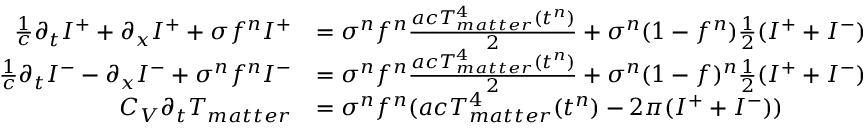
\begin{array} { r l } { \frac { 1 } { c } \partial _ { t } I ^ { + } + \partial _ { x } I ^ { + } + \sigma f ^ { n } I ^ { + } } & { = \sigma ^ { n } f ^ { n } \frac { a c T _ { m a t t e r } ^ { 4 } ( t ^ { n } ) } { 2 } + \sigma ^ { n } ( 1 - f ^ { n } ) \frac { 1 } { 2 } ( I ^ { + } + I ^ { - } ) } \\ { \frac { 1 } { c } \partial _ { t } I ^ { - } - \partial _ { x } I ^ { - } + \sigma ^ { n } f ^ { n } I ^ { - } } & { = \sigma ^ { n } f ^ { n } \frac { a c T _ { m a t t e r } ^ { 4 } ( t ^ { n } ) } { 2 } + \sigma ^ { n } ( 1 - f ) ^ { n } \frac { 1 } { 2 } ( I ^ { + } + I ^ { - } ) } \\ { C _ { V } \partial _ { t } T _ { m a t t e r } } & { = \sigma ^ { n } f ^ { n } ( a c T _ { m a t t e r } ^ { 4 } ( t ^ { n } ) - 2 \pi ( I ^ { + } + I ^ { - } ) ) } \end{array}